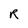
Character: R